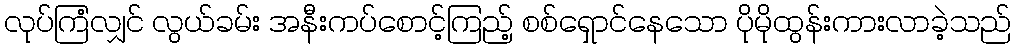
လုပ်ကြံလျှင် လွယ်ခမ်း အနီးကပ်စောင့်ကြည့် စစ်ရှောင်နေသော ပိုမိုထွန်းကားလာခဲ့သည်